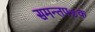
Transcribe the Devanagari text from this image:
समन्तपञ्चक